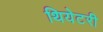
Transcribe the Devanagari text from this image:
थियेटरी